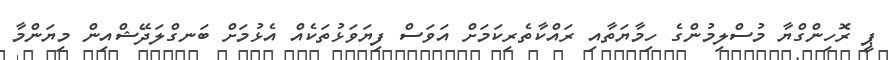
ޕީ ރޮހިންގްޔާ މުސްލިމުންގެ ހިމާޔަތާއި ރައްކާތެރިކަމަށް އަވަސް ފިޔަވަޅުތަކެއް އެޅުމަށް ބަނގްލަދޭޝްއިން މިޔަންމާ